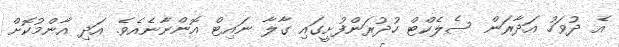
އެ ދުވަހު އަދާރަން ސެލެކްޓް ހުދުރަންފުށީގައި ގާލާ ނައިޓް އޮންނާނެއެވެ. އަދި އާންމުކޮށް